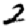
Digit: 2